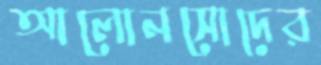
আলোনসোদের